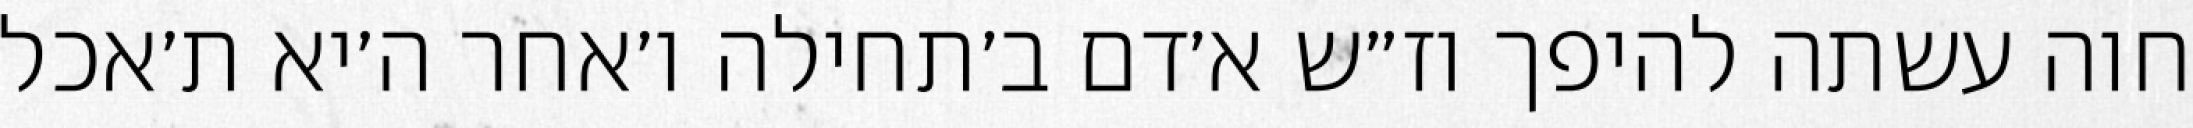
חוה עשתה להיפך וז״ש א׳דם ב׳תחילה ו׳אחר ה׳יא ת׳אכל